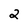
Character: 2